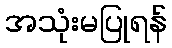
အသုံးမပြုရန်